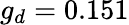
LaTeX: g_{d}=0.151